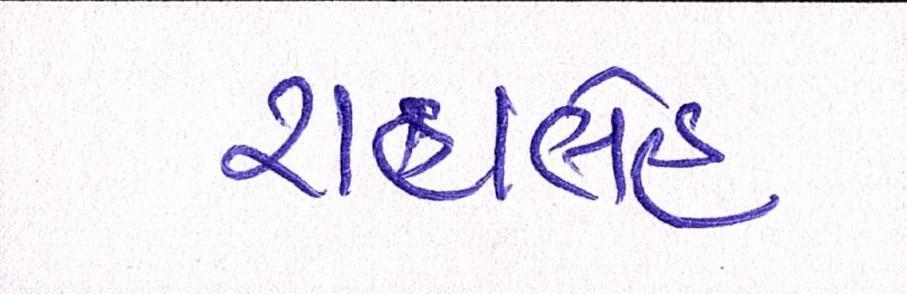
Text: રાહાલેહ